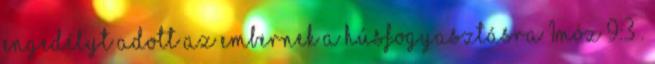
engedélyt adott az embernek a húsfogyasztásra 1Móz 9:3 .